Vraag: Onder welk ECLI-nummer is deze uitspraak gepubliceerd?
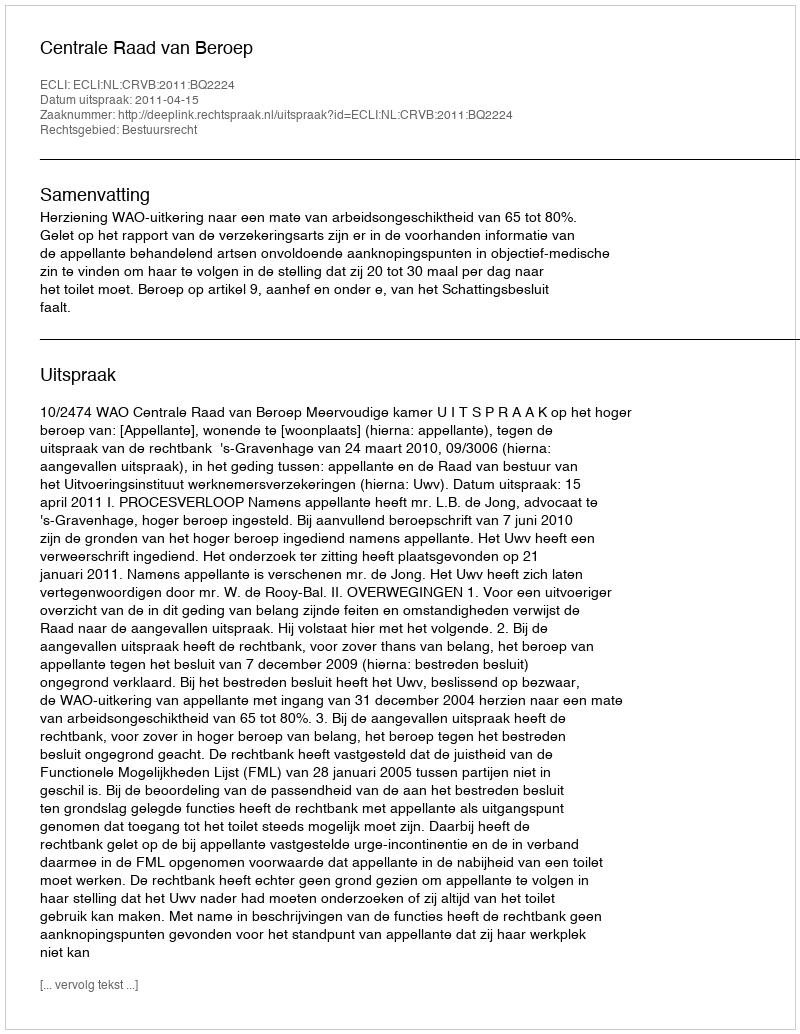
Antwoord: ECLI:NL:CRVB:2011:BQ2224